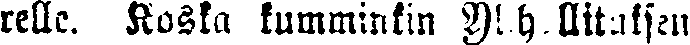
relle. Koska kumminkin Ylihallituksen